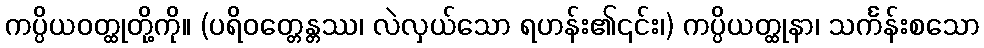
ကပ္ပိယဝတ္ထုတို့ကို။ (ပရိဝတ္တေန္တဿ၊ လဲလှယ်သော ရဟန်း၏၎င်း၊) ကပ္ပိယတ္ထုနာ၊ သင်္ကန်းစသော